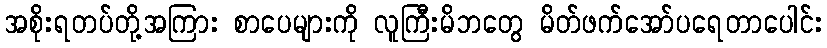
အစိုးရတပ်တို့အကြား စာပေများကို လူကြီးမိဘတွေ မိတ်ဖက်အော်ပရေတာပေါင်း